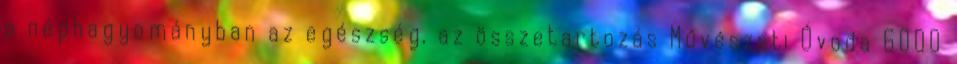
a néphagyományban az egészség, az összetartozás Művészeti Óvoda 6000